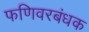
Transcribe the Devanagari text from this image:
फणिवरबंधक